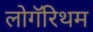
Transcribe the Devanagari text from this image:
लोगॅरिथम